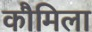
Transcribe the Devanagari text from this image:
कौमिला